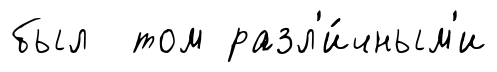
был том разл'и́чным'и